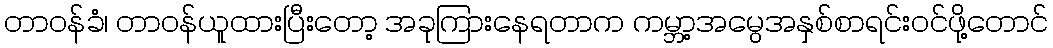
တာဝန်ခံ၊ တာဝန်ယူထားပြီးတော့ အခုကြားနေရတာက ကမ္ဘာ့အမွေအနှစ်စာရင်းဝင်ဖို့တောင်